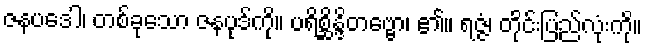
ဇနပဒေါ၊ တစ်ခုသော ဇနပုဒ်ကို။ ပရိစ္ဆိန္ဒိတဗ္ဗော၊ ၏။ ရဇ္ဇံ၊ တိုင်းပြည်လုံးကို။